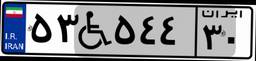
۵۳W۵۴۴۳۰